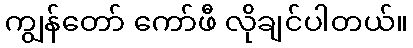
ကျွန်တော် ကော်ဖီ လိုချင်ပါတယ်။